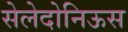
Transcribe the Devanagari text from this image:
सेलेदोनिऊस